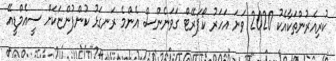
ކުރިއެރުންތަކާއެކު 2020 ވަނަ އަހަރު ކޯޕަރޭޓް ގަވަނެންސް އެންމެ ރަނގަޅު ކުންފުންޏަކަށް ސީއެމްޑީއޭ